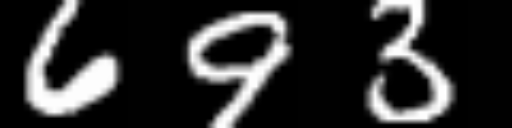
Text: 693